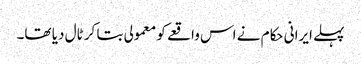
پہلے ایرانی حکام نے اس واقعے کو معمولی بتا کر ٹال دیا تھا۔